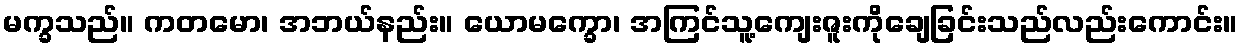
မက္ခသည်။ ကတမော၊ အဘယ်နည်း။ ယောမက္ခော၊ အကြင်သူ့ကျေးဇူးကိုချေခြင်းသည်လည်းကောင်း။